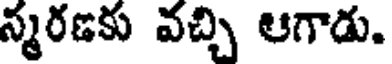
న్మరణకు వచ్చి ఆగాడు.